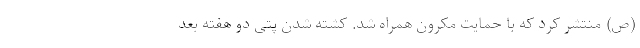
(ص) منتشر کرد که با حمایت مکرون همراه شد. کشته شدن پتی دو هفته بعد